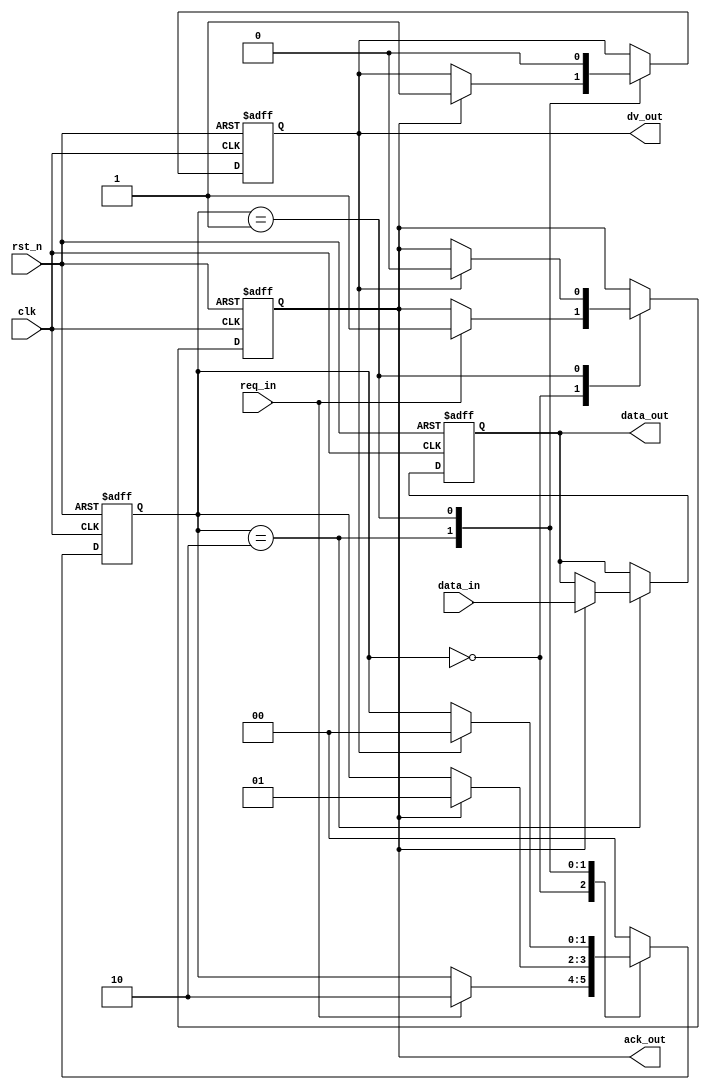
module memory_block (
    input wire clk,                // Clock signal
    input wire rst_n,              // Active-low reset
    input wire [7:0] data_in,      // Data input
    input wire req_in,             // Request signal from previous block
    output reg ack_out,            // Acknowledge signal to previous block
    output reg dv_out,             // Data valid output
    output reg [7:0] data_out      // Data output to next block
);

    reg [1:0] state;               // State variable
    localparam IDLE = 2'b00,       // Idle state
               SEND = 2'b01,       // Sending data state
               RECEIVE = 2'b10;    // Receiving data state

    always @(posedge clk or negedge rst_n) begin
        if (!rst_n) begin
            // Reset state
            state <= IDLE;
            ack_out <= 0;
            dv_out <= 0;
            data_out <= 8'b0;
        end else begin
            case (state)
                IDLE: begin
                    // Wait for REQ signal from previous block
                    if (req_in) begin
                        ack_out <= 1; // Acknowledge readiness to receive
                        state <= RECEIVE;
                    end
                end
                
                RECEIVE: begin
                    // When ACK is received, prepare to send data
                    if (ack_out) begin
                        // Data is ready to be sent
                        data_out <= data_in; // Transfer data
                        dv_out <= 1; // Assert data valid signal
                        state <= SEND;
                    end
                end
                
                SEND: begin
                    // Wait for data to be read
                    if (dv_out) begin
                        // Reset after data transfer complete
                        dv_out <= 0; // Deassert data valid signal
                        ack_out <= 0; // Deassert acknowledge signal
                        state <= IDLE;
                    end
                end
                
                default: begin
                    state <= IDLE; // Fallback to idle
                end
            endcase
        end
    end
endmodule